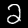
Digit: 2